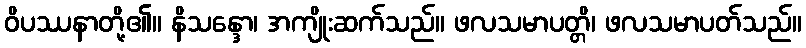
ဝိပဿနာတို့၏။ နိသန္ဒော၊ အကျိုးဆက်သည်။ ဖလသမာပတ္တိ၊ ဖလသမာပတ်သည်။